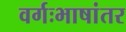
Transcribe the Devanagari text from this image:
वर्गःभाषांतर